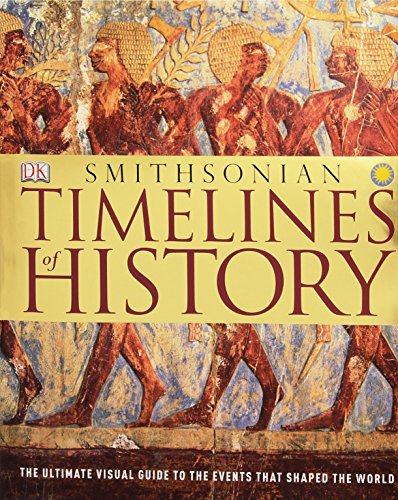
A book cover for Timelines of History; DK Publishing; History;